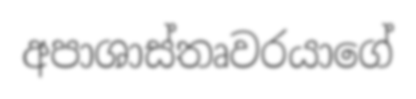
අපාශාස්තෘවරයාගේ